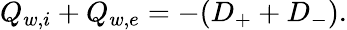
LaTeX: Q_{w,i}+Q_{w,e}=-(D_{+}+D_{-}).